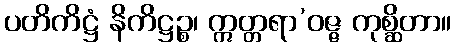
ပတိကိဋ္ဌံ နိကိဋ္ဌဉ္စ၊ ဣတ္တရာ’ဝဇ္ဇ ကုစ္ဆိတာ။